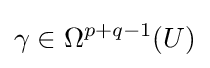
\gamma \in \Omega ^{p+q-1}(U)